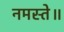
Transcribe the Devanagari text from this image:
नमस्ते॥